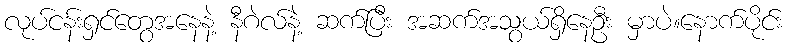
လုပ်ငန်းရှင်တွေအနေနဲ့ နီဂဲလ်နဲ့ ဆက်ပြီး အဆက်အသွယ်ရှိနေဦး မှာပဲ။နောက်ပိုင်း